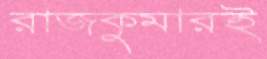
রাজকুমারই